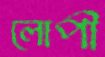
লোপী